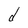
Character: d